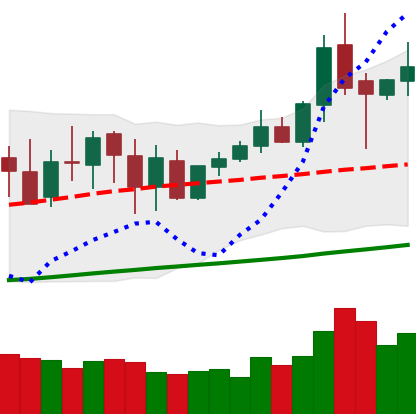
Ticker: XMR-USD
Chart end date: 2020-10-04
Forward return: 9.92%
Label: up_7plus